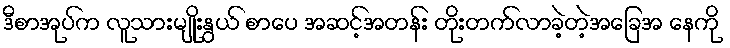
ဒီစာအုပ်က လူသားမျိုးနွယ် စာပေ အဆင့်အတန်း တိုးတက်လာခဲ့တဲ့အခြေအ နေကို